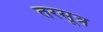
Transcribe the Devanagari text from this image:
तरसूत्र